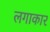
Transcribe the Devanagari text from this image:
लगाकार